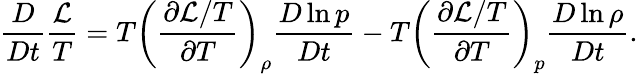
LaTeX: \frac{D}{Dt}\frac{\mathcal{L}}{T}=T\left(\frac{\partial\mathcal{L}/T}{\partial T}\right)_{\rho}\frac{D\ln p}{Dt}-T\left(\frac{\partial\mathcal{L}/T}{\partial T}\right)_{p}\frac{D\ln\rho}{Dt}.